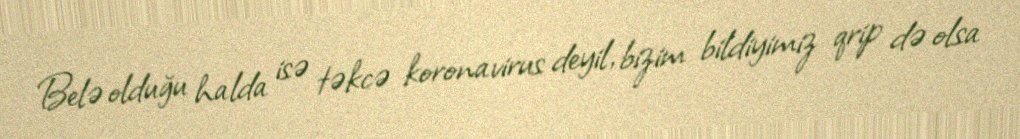
Belə olduğu halda isə təkcə koronavirus deyil, bizim bildiyimiz qrip də olsa